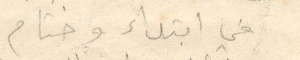
في ابتداء وختام